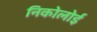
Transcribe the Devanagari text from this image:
निकोलोई